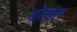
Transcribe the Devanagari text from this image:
योडलर